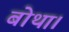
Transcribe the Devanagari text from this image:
बोथा।